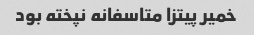
خمیر پیتزا متاسفانه نپخته بود